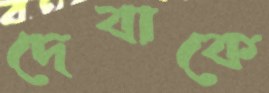
দেবাকে